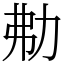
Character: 㔗